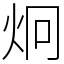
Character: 炯